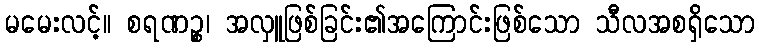
မမေးလင့်။ စရဏဉ္စ၊ အလှူဖြစ်ခြင်း၏အကြောင်းဖြစ်သော သီလအစရှိသော